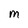
Character: M